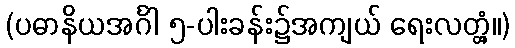
(ပဓာနိယအင်္ဂါ ၅-ပါးခန်း၌အကျယ် ရေးလတ္တံ့။)